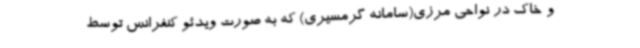
و خاک در نواحی مرزی(سامانه گرمسیری) که به صورت ویدئو کنفرانس توسط